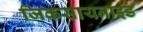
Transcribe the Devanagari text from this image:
जिकसायनाइड